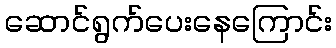
ဆောင်ရွက်ပေးနေကြောင်း